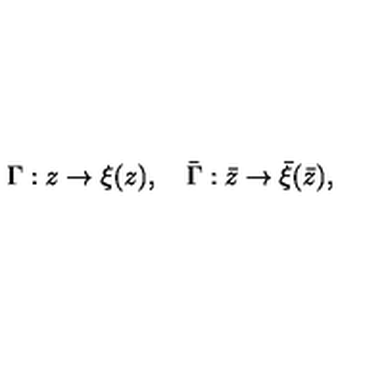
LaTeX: \Gamma : z \rightarrow \xi ( z ) , \quad \bar { \Gamma } : \bar { z } \rightarrow \bar { \xi } ( \bar { z } ) ,